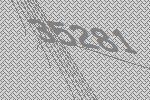
35281